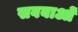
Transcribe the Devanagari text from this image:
सवबाओं